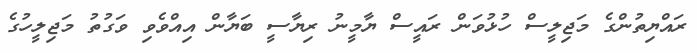
ރައްޔިތުންގެ މަޖިލީސް ހުޅުވަން ރައީސް ޔާމީނު ރިޔާސީ ބަޔާން އިއްވެވި ވަގުތު މަޖިލީހުގެ